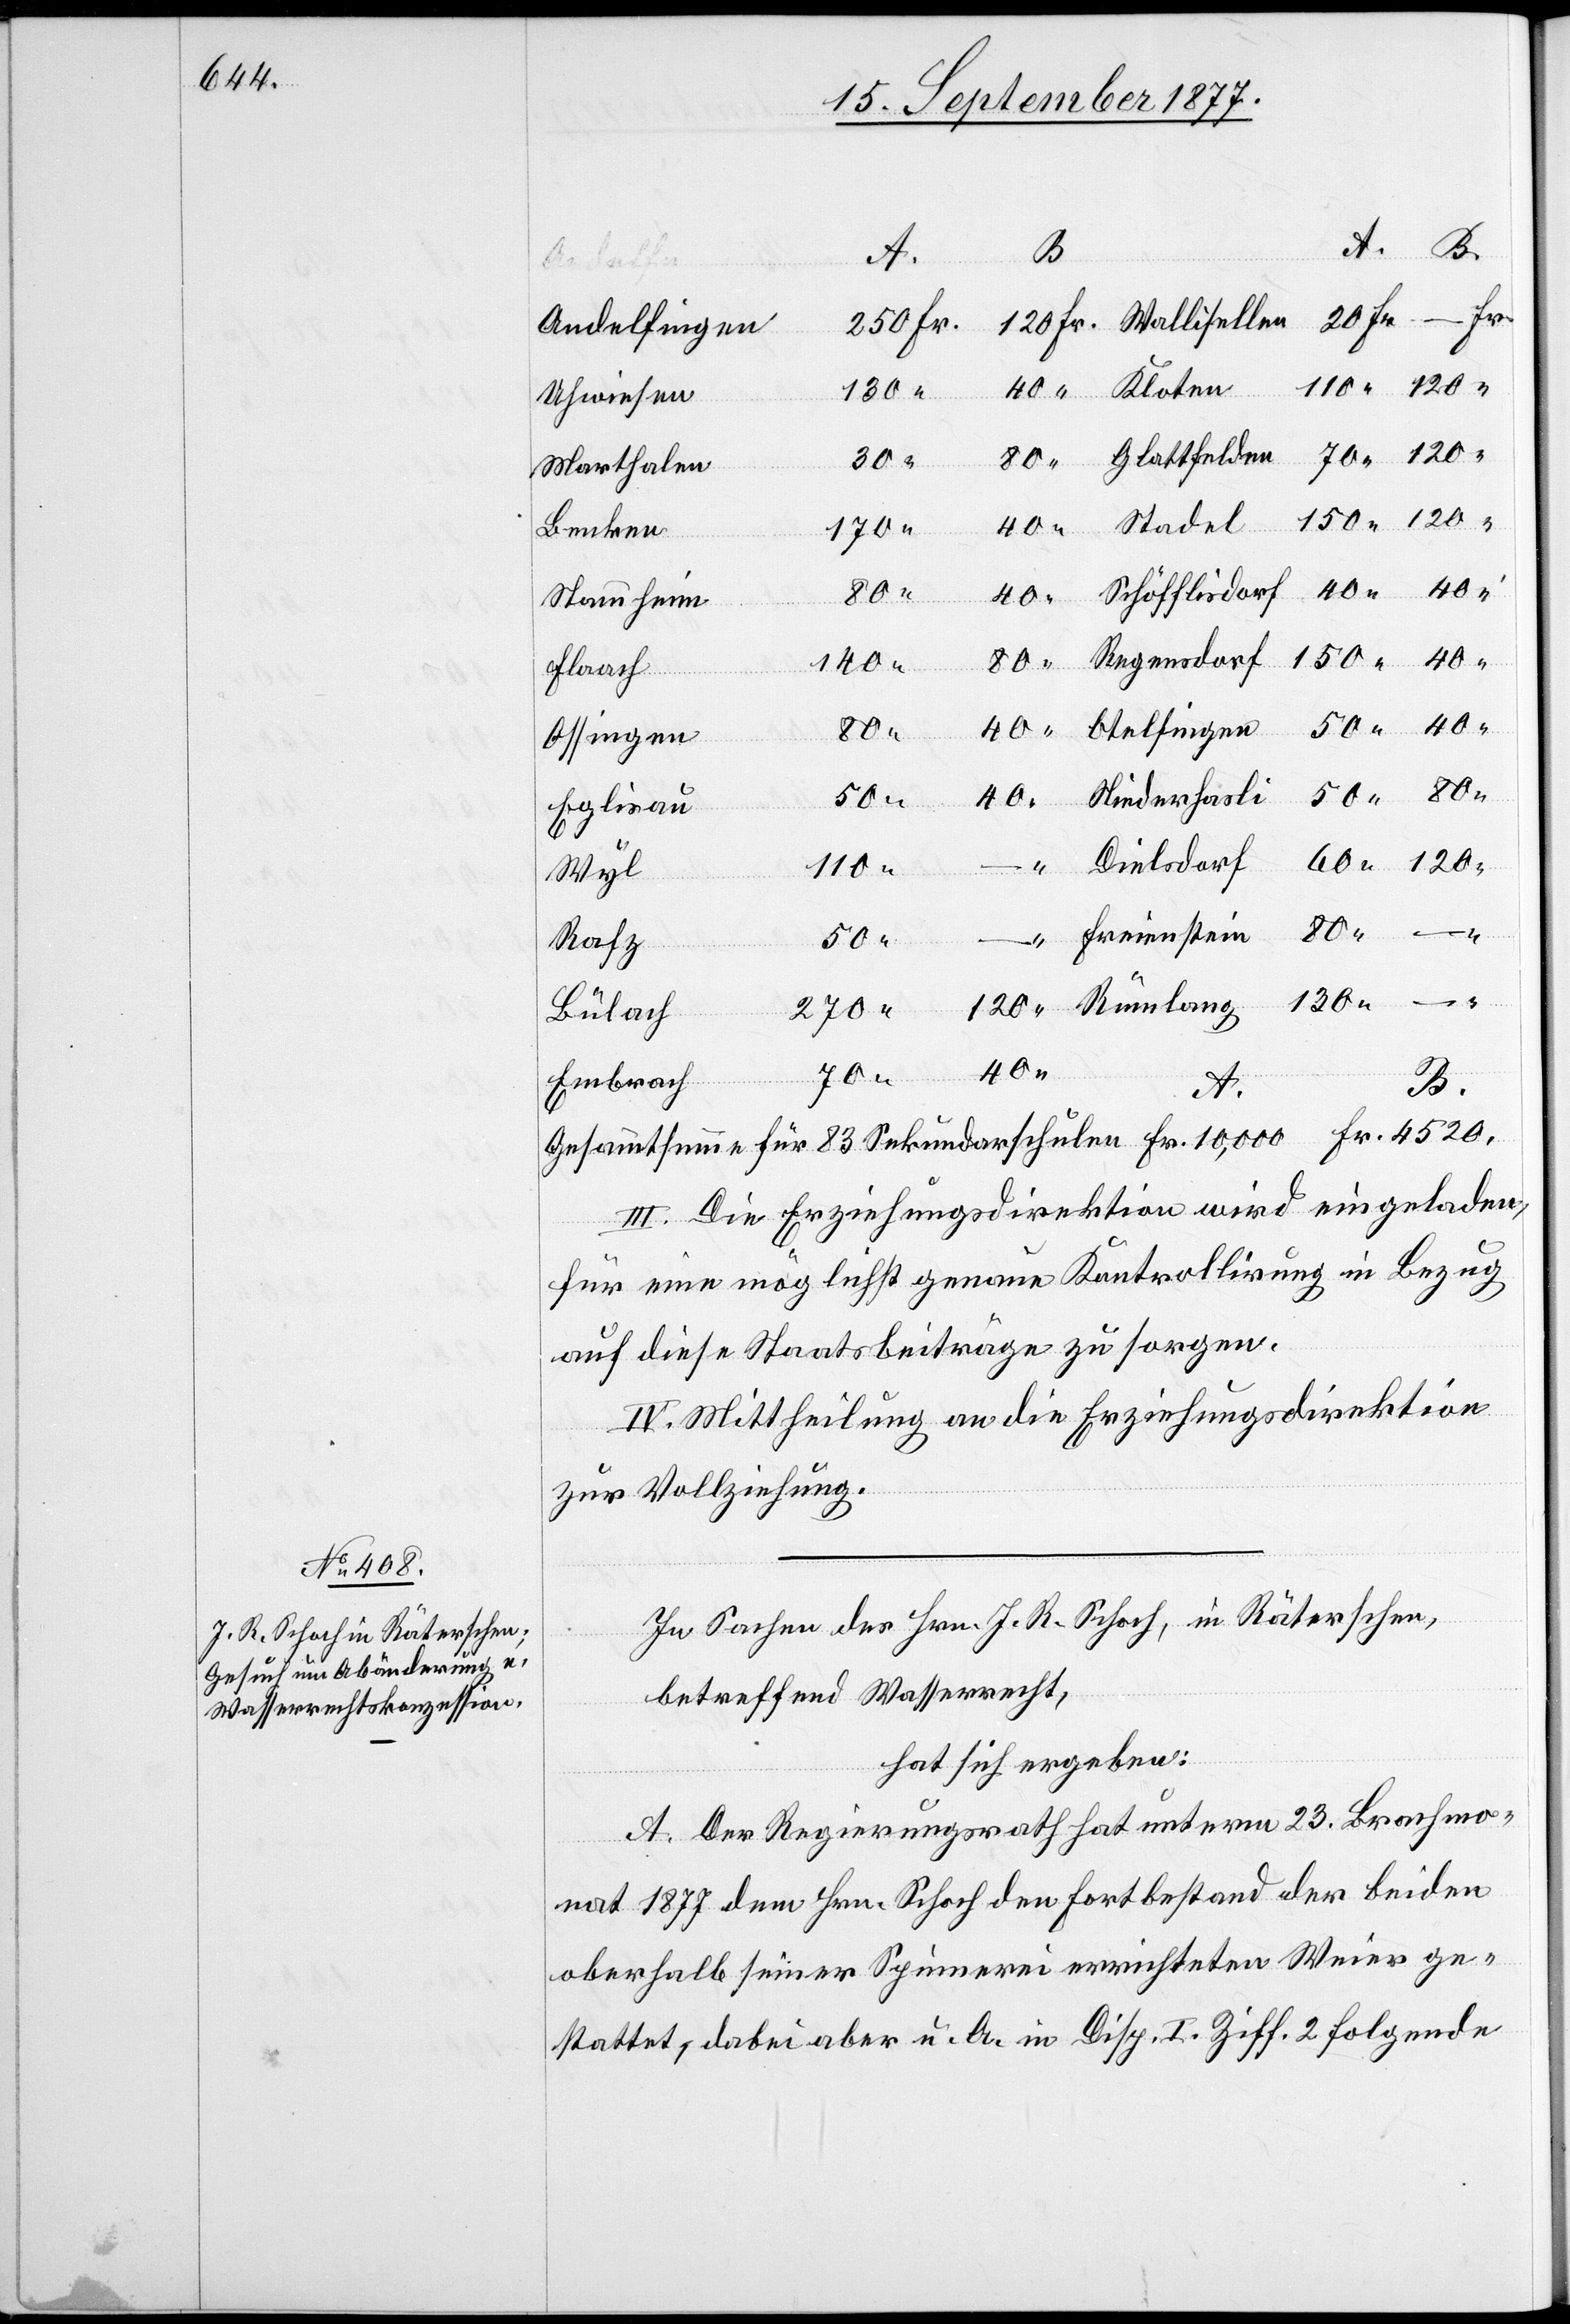
20 Fr.
Andelfingen
130 “
Uhwiesen
4520.
Marthalen
40
Benken
170
Stammheim
140 “
Flaach
tein
80
Otelfingen
50 “
40
Eglisau
120 “
Wyl
Rafz
270 “
Bülach
40
Nie¬
70 “
Embrach
B.
Fr.
III. Die Erziehungsdirektion wird eingeladen,
für eine möglichst genaue Kontrollirung in Bezug
auf diese Staatsbeiträge zu sorgen.
IV. Mittheilung an die Erziehungsdirektion
zur Vollziehung.
In Sachen des Hrn. J. R. Schoch, in Räterschen,
betreffend Wasserrecht,
hat sich ergeben:
A. Der Regierungsrath hat unterm 23. Brachmo¬
nat 1877 dem Hrn. Schoch den Fortbestand der beiden
oberhalb seiner Spinnerei errichteten Weier ge¬
stattet, dabei aber u. A. in Disp. I. Ziff. 2 folgende